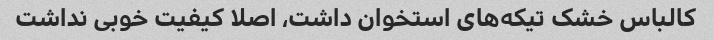
کالباس خشک تیکه‌های استخوان داشت، اصلا کیفیت خوبی نداشت